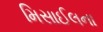
મિસાઈલના